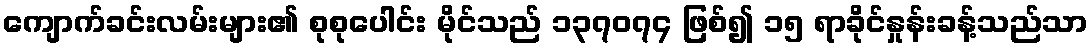
ကျောက်ခင်းလမ်းများ၏ စုစုပေါင်း မိုင်သည် ၁၃၇၀၇၄ ဖြစ်၍ ၁၅ ရာခိုင်နှုန်းခန့်သည်သာ